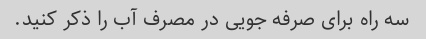
سه راه برای صرفه جویی در مصرف آب را ذکر کنید.